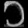
Digit: ၁